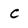
Character: C